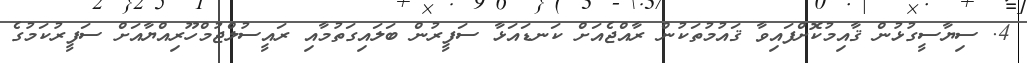
4. ސިޔާސީގުޅުން ޤާއިމުކޮށްފައިވާ ޤައުމުތަކުން ރާއްޖެއަށް ކަނޑައަޅާ ސަފީރުން ބަލައިގަތުމާއި ރައީސުލްޖުމްހޫރިއްޔާއަށް ސަފީރުކަމުގެ